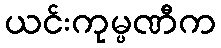
ယင်းကုမ္ပဏီက